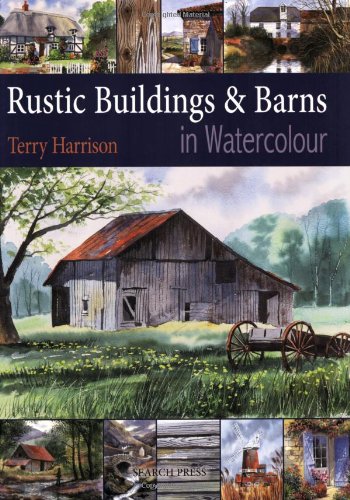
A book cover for Painting Rustic Buildings & Barns in Watercolour; Terry Harrison; Arts & Photography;